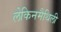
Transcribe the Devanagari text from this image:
लेकिनमैथिली